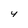
Character: 4